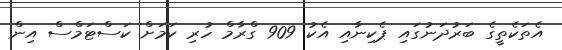
އެތަކެތީގެ ބަރުދަނުގައި ޕެކިނާއި އެކު 909 ގްރާމް ހުރި ކަމަށް ކަސްޓަމްސް އިން